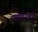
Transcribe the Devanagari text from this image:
सॉडरबर्ग